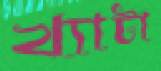
খ্যাটা